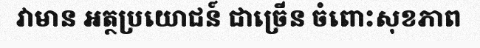
វាមាន អត្ថប្រយោជន៍ ជាច្រើន ចំពោះសុខភាព